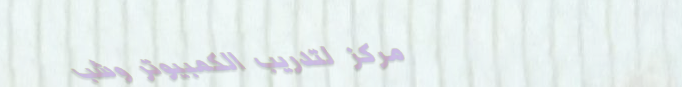
مركز لتدريب الكمبيوتر وشب